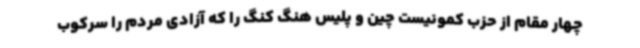
چهار مقام از حزب کمونیست چین و پلیس هنگ کنگ را که آزادی مردم را سرکوب